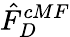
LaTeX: \hat{F}_{D}^{cMF}